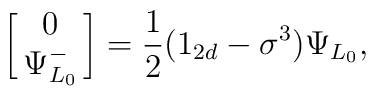
\left[\matrix{0\cr \Psi^-_{L_0}}\right]={1\over2}(1_{2d}-\sigma^3)\Psi_{L_0},